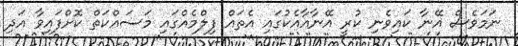
ނަމަވެސް އޭނާ ކައިވެނި ކުރީ އޭނާއާއެކުގައި އެތައް ފިލްމެއްގައި މަސައްކަތް ކޮށްފައިވާ އަދި